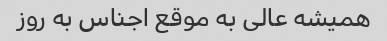
همیشه عالی به موقع اجناس به روز